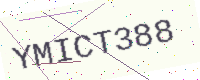
Text: YMICT388